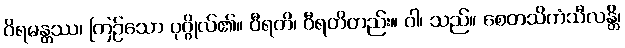
ဝိရမန္တဿ၊ ကြဉ်သော ပုဂ္ဂိုလ်၏။ ဝီရတိ၊ ဝီရတိတည်း။ ဝါ၊ သည်။ စေတသိကံသီလန္တိ၊